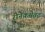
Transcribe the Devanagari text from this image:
रीनेकमेतट